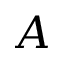
A